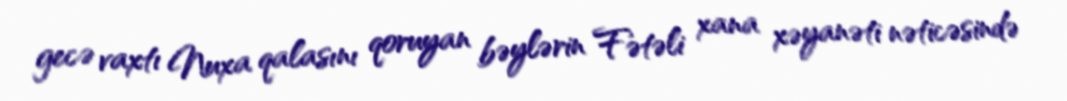
gecə vaxtı Nuxa qalasını qoruyan bəylərin Fətəli xana xəyanəti nəticəsində